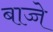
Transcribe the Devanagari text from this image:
बाच्चे